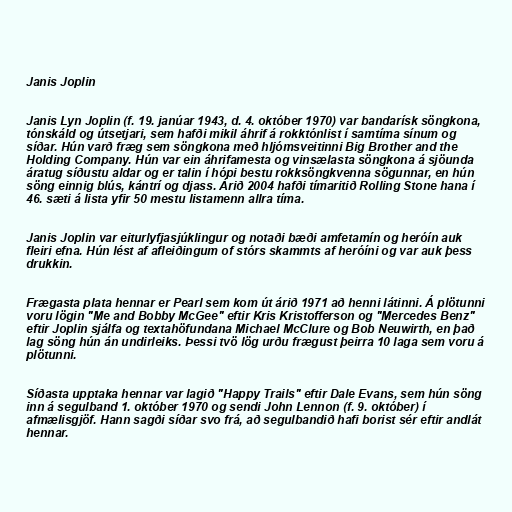
Janis Joplin

Janis Lyn Joplin (f. 19. janúar 1943, d. 4. október 1970) var bandarísk söngkona,
tónskáld og útsetjari, sem hafði mikil áhrif á rokktónlist í samtíma sínum og
síðar. Hún varð fræg sem söngkona með hljómsveitinni Big Brother and the
Holding Company. Hún var ein áhrifamesta og vinsælasta söngkona á sjöunda
áratug síðustu aldar og er talin í hópi bestu rokksöngkvenna sögunnar, en hún
söng einnig blús, kántrí og djass. Árið 2004 hafði tímaritið Rolling Stone hana í
46. sæti á lista yfir 50 mestu listamenn allra tíma.

Janis Joplin var eiturlyfjasjúklingur og notaði bæði amfetamín og heróín auk
fleiri efna. Hún lést af afleiðingum of stórs skammts af heróíni og var auk þess
drukkin.

Frægasta plata hennar er Pearl sem kom út árið 1971 að henni látinni. Á plötunni
voru lögin "Me and Bobby McGee" eftir Kris Kristofferson og "Mercedes Benz"
eftir Joplin sjálfa og textahöfundana Michael McClure og Bob Neuwirth, en það
lag söng hún án undirleiks. Þessi tvö lög urðu frægust þeirra 10 laga sem voru á
plötunni.

Síðasta upptaka hennar var lagið "Happy Trails" eftir Dale Evans, sem hún söng
inn á segulband 1. október 1970 og sendi John Lennon (f. 9. október) í
afmælisgjöf. Hann sagði síðar svo frá, að segulbandið hafi borist sér eftir andlát
hennar.